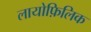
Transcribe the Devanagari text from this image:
लायोफ़िलिक